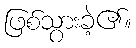
ဖြစ်သွားခဲ့၏။